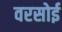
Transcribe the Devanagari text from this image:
वरसोई